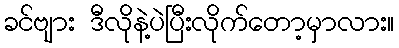
ခင်ဗျား ဒီလိုနဲ့ပဲပြီးလိုက်တော့မှာလား။